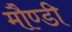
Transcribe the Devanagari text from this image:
मौण्डी